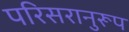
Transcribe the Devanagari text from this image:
परिसरानुरूप